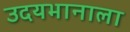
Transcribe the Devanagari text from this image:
उदयभानाला